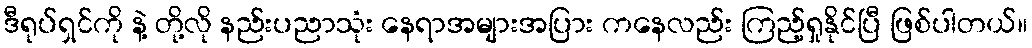
ဒီရုပ်ရှင်ကို နဲ့ တို့လို နည်းပညာသုံး နေရာအများအပြား ကနေလည်း ကြည့်ရှုနိုင်ပြီ ဖြစ်ပါတယ်။